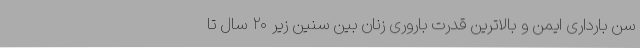
سن بارداری ایمن و بالاترین قدرت باروری زنان بین سنین زیر ۲۰ سال تا